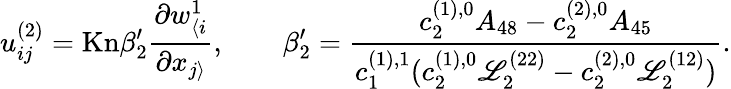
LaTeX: u_{ij}^{(2)}=\mathrm{Kn}\beta_{2}^{\prime}\frac{\partial w_{\langle i}^{1}}{\partial x_{j\rangle}},\qquad\beta_{2}^{\prime}=\frac{c_{2}^{(1),0}A_{48}-c_{2}^{(2),0}A_{45}}{c_{1}^{(1),1}(c_{2}^{(1),0}\mathscr{L}_{2}^{(22)}-c_{2}^{(2),0}\mathscr{L}_{2}^{(12)})}.